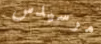
مرسيدس